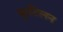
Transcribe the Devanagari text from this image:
कुटिलन